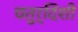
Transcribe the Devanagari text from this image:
चतुर्दिशी